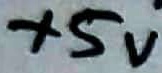
Text: +5V